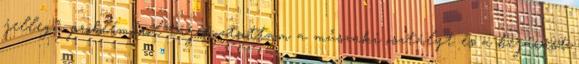
jellegű problémáról tájékoztattam a műszaki osztályt és a bejárást